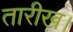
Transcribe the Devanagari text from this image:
तारीख।